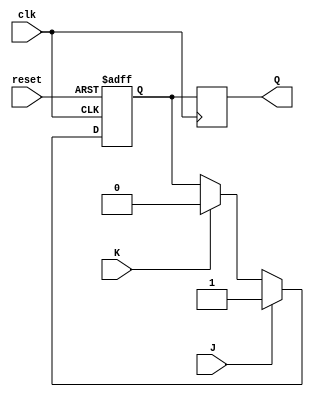
module jk_flip_flop (
    input wire clk,
    input wire reset,
    input wire J,
    input wire K,
    output reg Q
);

reg Q_master, Q_slave;

always @(posedge clk or posedge reset) begin
    if (reset) begin
        Q_master <= 1'b0;
    end else begin
        Q_master <= J ? 1'b1 : K ? 1'b0 : Q_master;
    end
end

always @(negedge clk) begin
    Q_slave <= Q_master;
end

assign Q = Q_slave;

endmodule